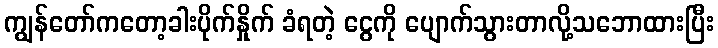
ကျွန်တော်ကတော့ခါးပိုက်နှိုက် ခံရတဲ့ ငွေကို ပျောက်သွားတာလို့သဘောထားပြီး